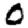
Digit: 0